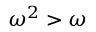
\omega ^ { 2 } > \omega